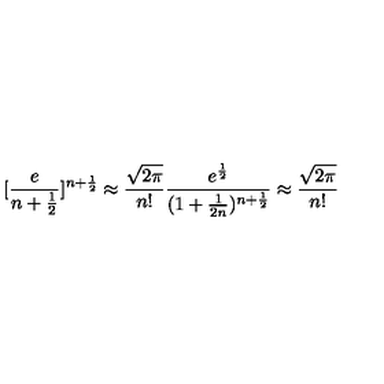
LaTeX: [ \frac { e } { n + \frac { 1 } { 2 } } ] ^ { n + \frac { 1 } { 2 } } \approx \frac { \sqrt { 2 \pi } } { n ! } \frac { e ^ { \frac { 1 } { 2 } } } { ( 1 + \frac { 1 } { 2 n } ) ^ { n + \frac { 1 } { 2 } } } \approx \frac { \sqrt { 2 \pi } } { n ! }